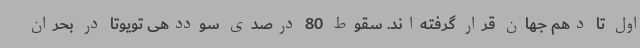
اول تا دهم جهان قرار گرفته‌اند. سقوط 80 درصدی سوددهی تویوتا در بحران